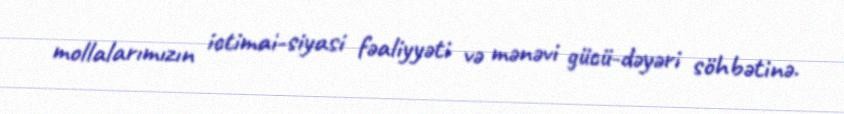
mollalarımızın ictimai-siyasi fəaliyyəti və mənəvi gücü-dəyəri söhbətinə.